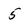
Character: 5